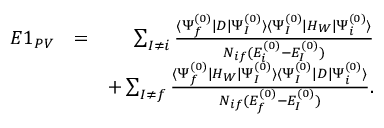
\begin{array} { r l r } { E 1 _ { P V } } & { = } & { \sum _ { I \ne i } \frac { \langle \Psi _ { f } ^ { ( 0 ) } | D | \Psi _ { I } ^ { ( 0 ) } \rangle \langle \Psi _ { I } ^ { ( 0 ) } | H _ { W } | \Psi _ { i } ^ { ( 0 ) } \rangle } { { \cal N } _ { i f } ( E _ { i } ^ { ( 0 ) } - E _ { I } ^ { ( 0 ) } ) } } \\ & { } & { + \sum _ { I \ne f } \frac { \langle \Psi _ { f } ^ { ( 0 ) } | H _ { W } | \Psi _ { I } ^ { ( 0 ) } \rangle \langle \Psi _ { I } ^ { ( 0 ) } | D | \Psi _ { i } ^ { ( 0 ) } \rangle } { { \cal N } _ { i f } ( E _ { f } ^ { ( 0 ) } - E _ { I } ^ { ( 0 ) } ) } . } \end{array}